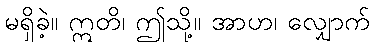
မရှိခဲ့။ ဣတိ၊ ဤသို့။ အာဟ၊ လျှောက်